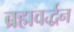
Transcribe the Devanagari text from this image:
ब्रह्मवर्द्धन